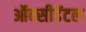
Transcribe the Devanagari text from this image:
ऑक्‍सीडेंटल